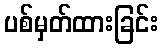
ပစ်မှတ်ထားခြင်း